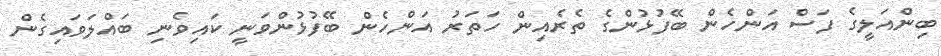
ބިންއަލީގެ ފަސް އަންހެން ބޭފުޅުންގެ ތެރެއިން ހަތަރު އަންހެން ބޭފުޅުންވަނީ ކައިވެނި ބައްލަވައިގެން